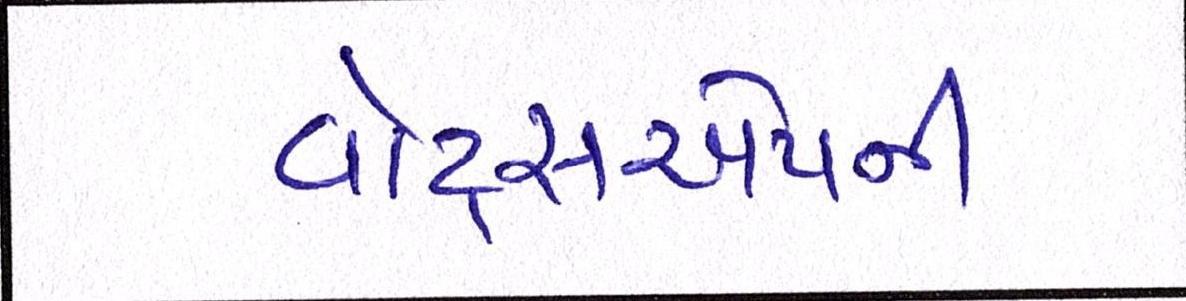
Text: વોટ્સએપની